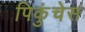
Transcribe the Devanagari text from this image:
पिकुंचेस